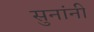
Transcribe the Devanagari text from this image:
सुनांनी